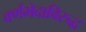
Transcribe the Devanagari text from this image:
वर्णभेदाविरुद्ध